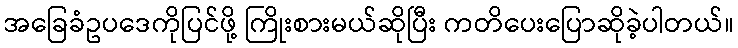
အခြေခံဥပဒေကိုပြင်ဖို့ ကြိုးစားမယ်ဆိုပြီး ကတိပေးပြောဆိုခဲ့ပါတယ်။